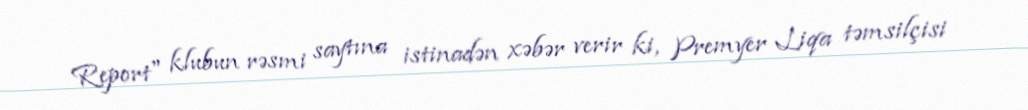
Report" klubun rəsmi saytına istinadən xəbər verir ki, Premyer Liqa təmsilçisi